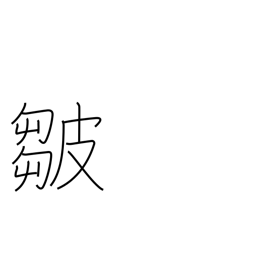
Meaning: folds